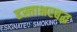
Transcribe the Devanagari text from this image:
हस्ताक्षरबद्ध